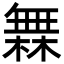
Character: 橆